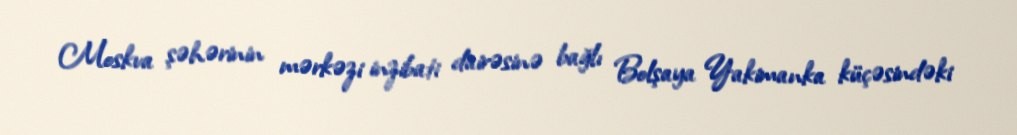
Moskva şəhərinin mərkəzi inzibati dairəsinə bağlı Bolşaya Yakimanka küçəsindəki